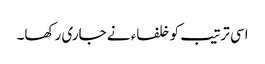
اسی ترتیب کو خلفاء نے جاری رکھا۔